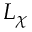
L _ { \chi }